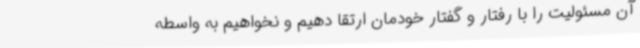
آن مسئولیت را با رفتار و گفتار خودمان ارتقا دهیم و نخواهیم به واسطه